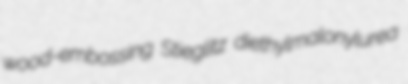
wood-embossing Stieglitz diethylmalonylurea